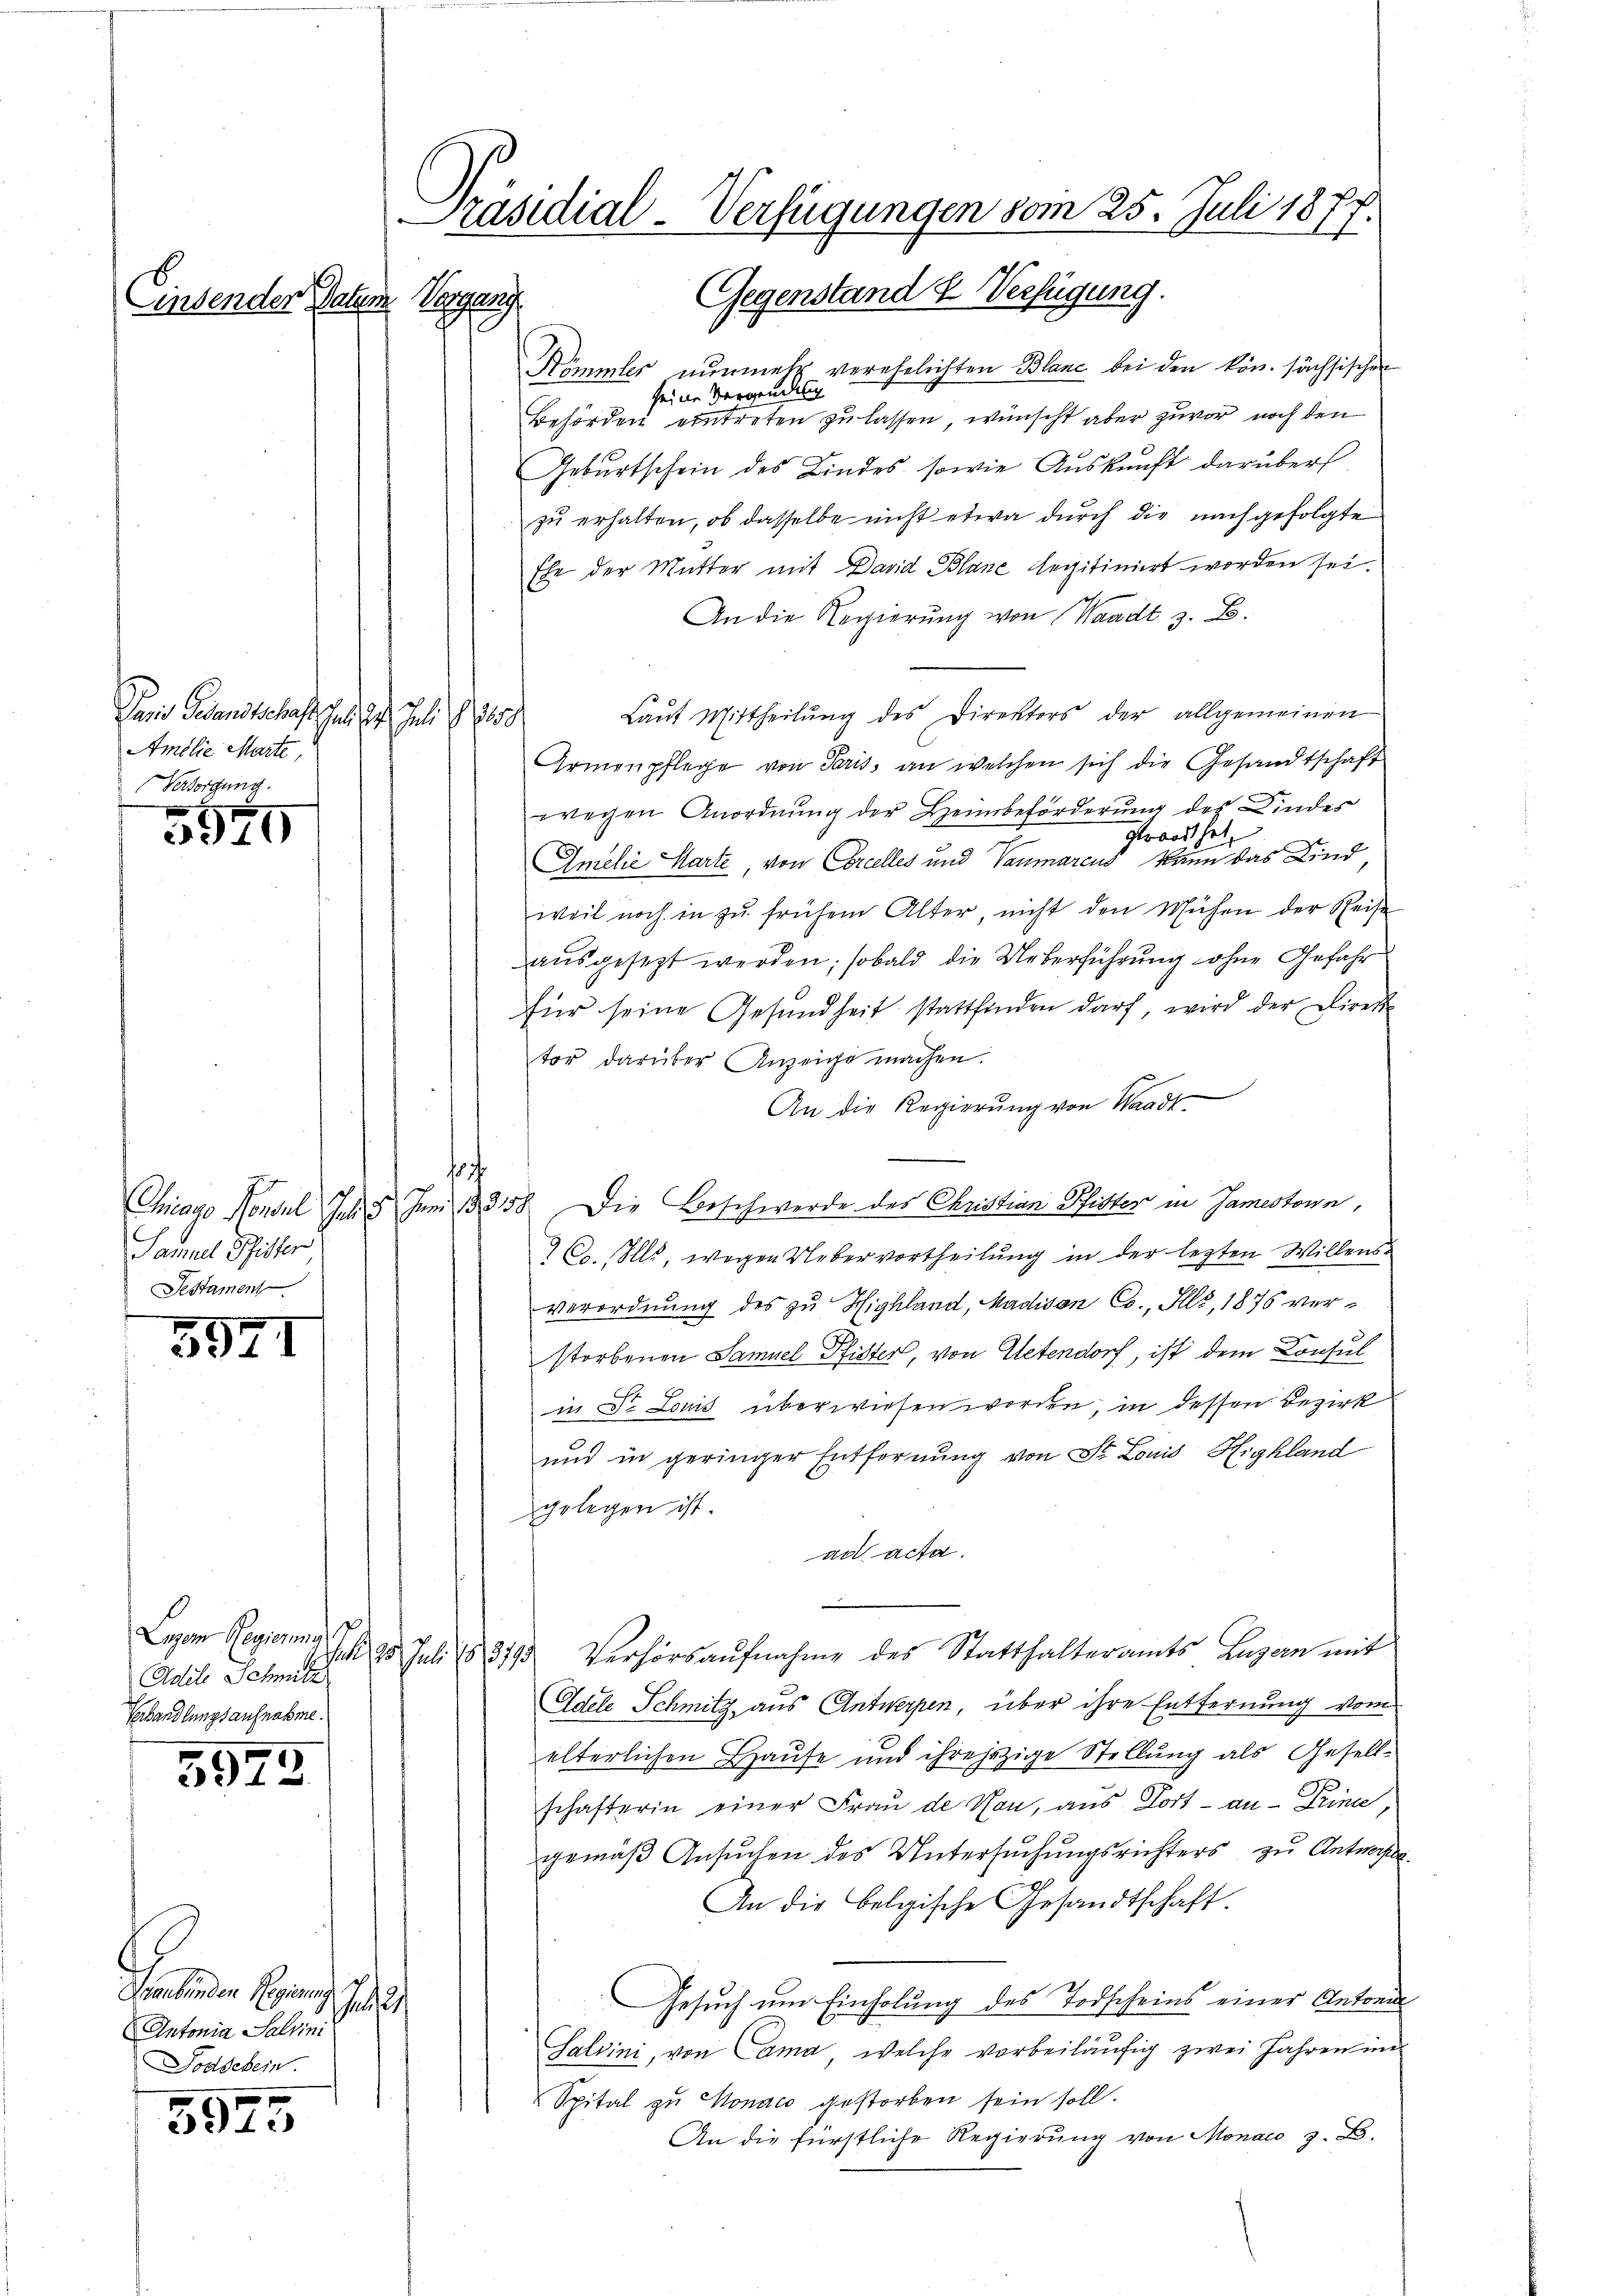
Einsender Datum

Dein Grundschaft geht der Juli ging
Amblie Marte,
Versorgung.

5570

Samuel Sitter
Testament

5547

Adele Schmitz
Gerhandlungsaufnahme.

3972.

Sne Ein
Antonia Salvini
Todschein.

5975

Präsidial-Verfügungen vom 25. Juli 1877.
Gegenstand & Verfügung.
Separ

Kömmler nunmetz verehelichten Blanc bei den kön. sächsischen
seine Vergendung
Behörden eintreten zu lassen, wünscht aber zuvor noch den
Gebŭrtschein des Bindes, sowie Aŭskŭnft darüber
zŭ erhalten, ob dasselbe nicht etwa durch die nachgefolgte
Ehe der Mutter mit David Blane legitimiert worden sei.
An die Regierŭng von Waadt z. B.
Laŭt Mittheilŭng des Direktors der allgemeinen
Armenpflege von Paris, an welchen sich die Gesandtschaft
wegen Anordnung der Heimbeförderung des Kindes
gorort hat,
Gmelić Harte, von Concelles und Vaumarcus kann das Kind
weil noch in zŭ frühem Alter, nicht den Mühen der Reise
ausgesezt werden; sobald die Ueberführung ohne Gefahr
für seine Gesŭndheit stattfinden darf, wird der Direk
tor darüber Anzeige machen.
An die Regierŭng von Waadt.
a
Chicago Nonsul Juli Juni 13158. Die Beschwerde des Christian Pfister in Jamestoren,
9 Co. Ills, wegen Uebervortheilung in der lezten Willens-
Verordnung des zu Highland, Madison Cs., I, 1876 verstorbenen Samuel Pfister, von Oetendorf, ist dem Consul
in Dr. Louis überwiesen worden, in dessen Bezirk
und in geringer Entfernung von St. Louis Highland
gelegen ist.
ad acta.
Luzern Regierung I, S. 95 Juli 183793 Verhörsaŭfnahme des Statthalteramts Luzern mit
Adele Schmitz, aus Antwerpen, über ihre Entfernung vom
elterlichen Hause und ihre jetzige Stellung als Gesell-
schafterin einer Frau de Nan, aus Dort - au - Trince,
gemäß Ansuchen des Untersuchungsrichters zu Antwor
An die belgische Gesandtschaft.
Gesuch um Einholung des Todscheins einer Antonal
u
Salvini, von Cama, welche vorbeiläufig zwei Jahren in
Spital zu Monaco gestorben sein soll.
An die fürstliche Regierung von Monate z. B.